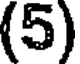
(5)